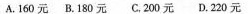
A.160元 B.180元 C.200元 D.220元